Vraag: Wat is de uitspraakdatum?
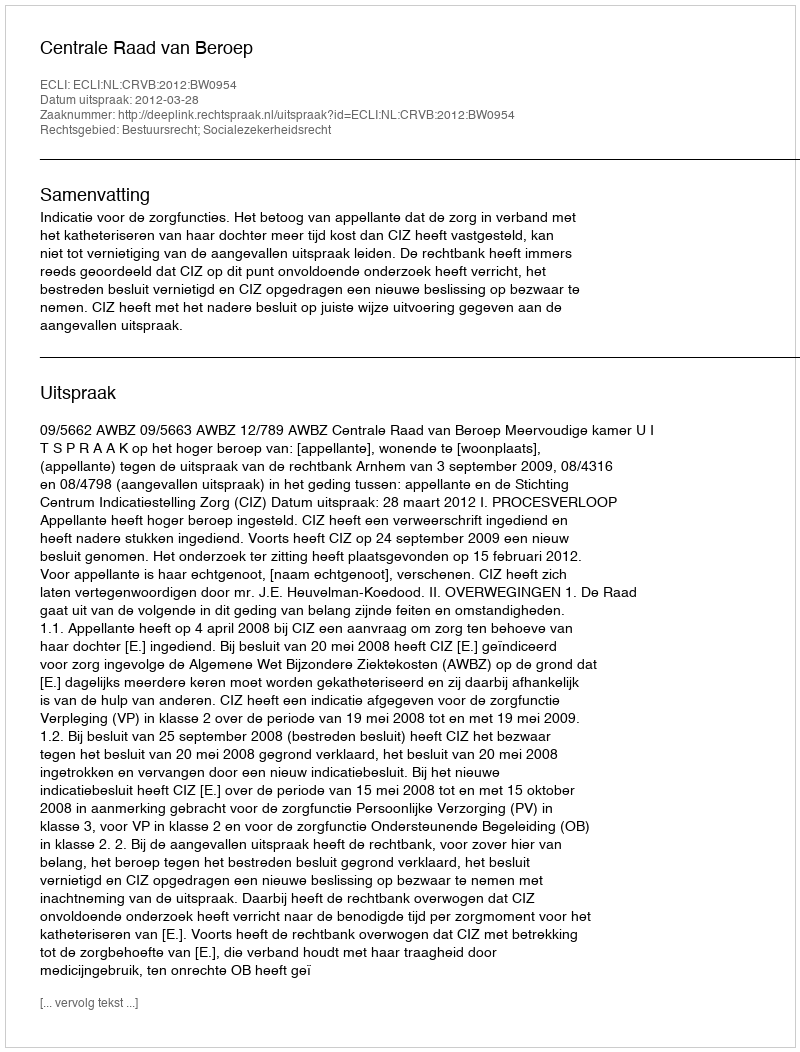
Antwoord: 2012-03-28